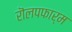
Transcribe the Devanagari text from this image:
रॊलपफार्म